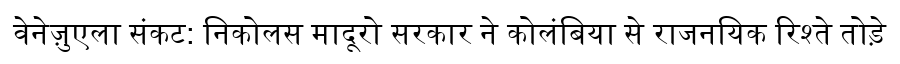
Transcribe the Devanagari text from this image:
वेनेज़ुएला संकट: निकोलस मादूरो सरकार ने कोलंबिया से राजनयिक रिश्ते तोड़े